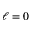
\ell = 0